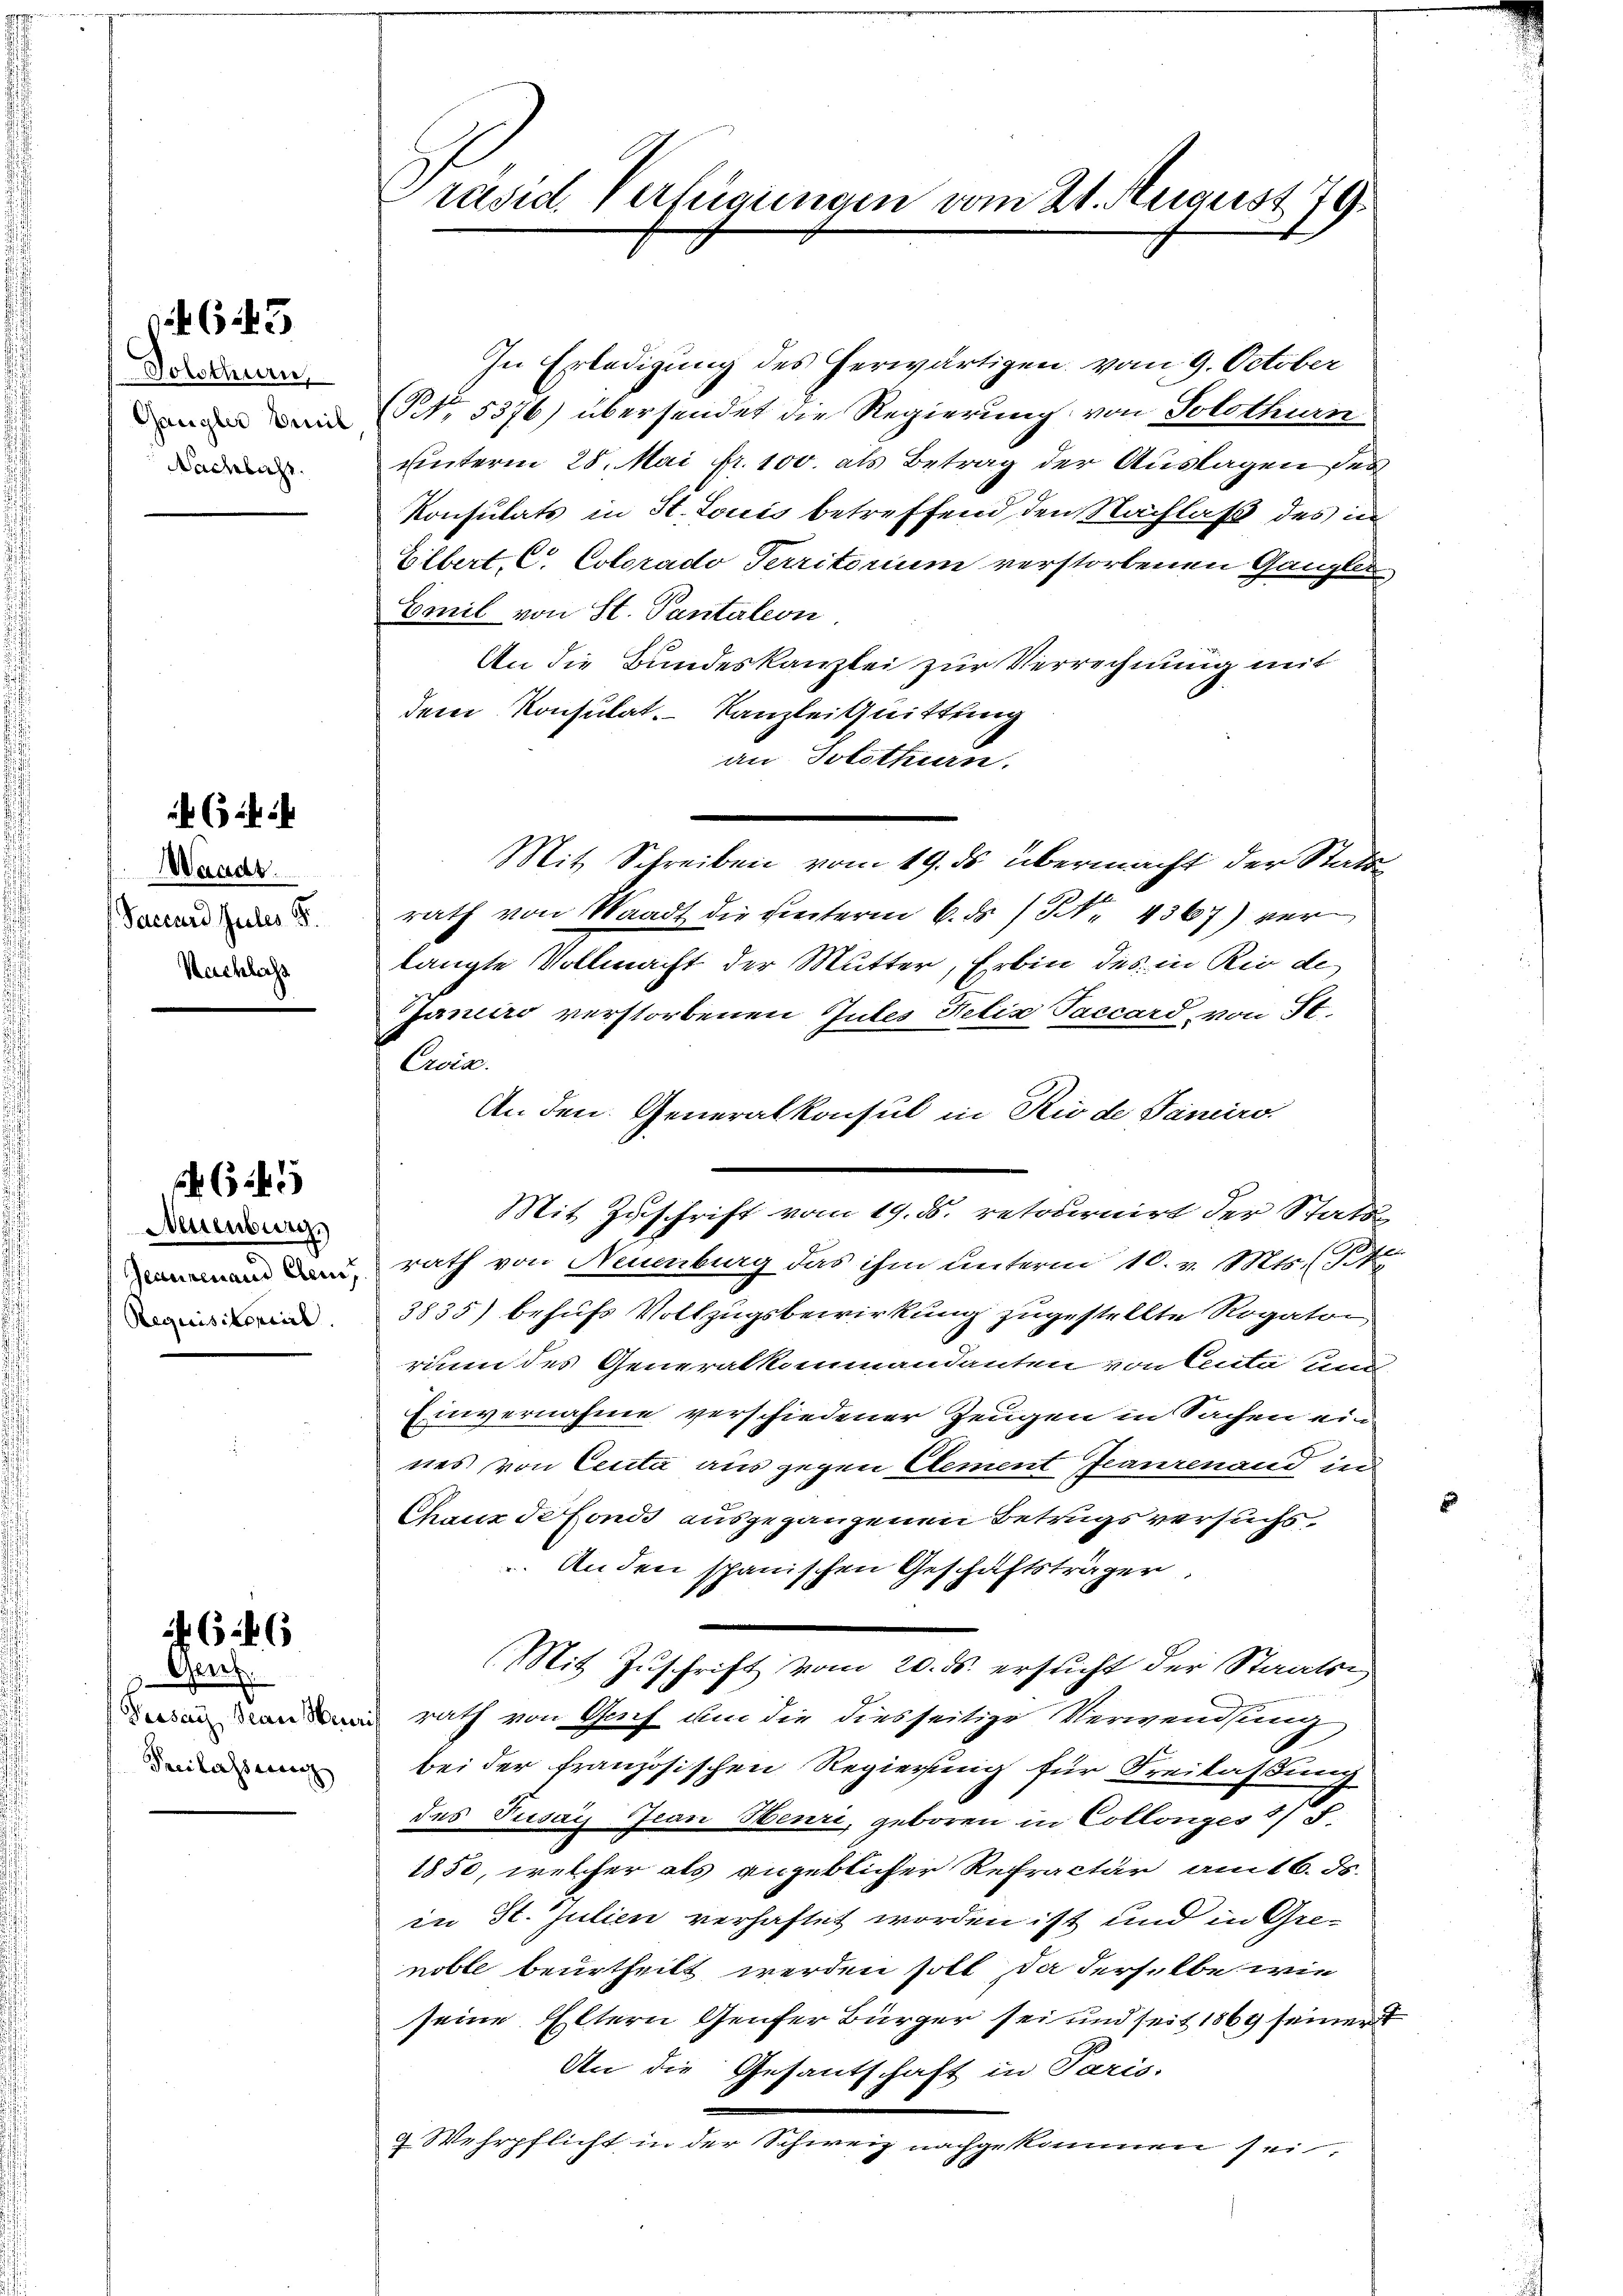
Solothurn,
Gangler Emil
Nachlacht.

643

Waadt.
Succurd Gutes S.
Nachlass

45

Neuenburgs
Geaunenaus Eleme,
Requisitoreil

6:46

Gen
Proser Beansten
Freilassung

Präsid. Verfügungen vom 21. August 79.

In Erledigung des herwärtigen vom 9. October
(Nr. 5376) übersendet die Regierung von Solothurn
unterm 28. Mai fr. 100. als Betrag der Auslagen des
Konsulats in St. Louis betreffend den Nachlaß des in
Elbert, C. Colorado Territorium verstorbenen Ganzle
Conil von St. Pantation
An die Bundeskanzlei zur Verrechnung mit
dem Konsulat. Kanzlei Quittung
an Solothurn.
Mit Schreiben vom 19. ds übermacht der Statte
rath von Waadt die hinterm 6. ds / 4367) ver
langte Vollmacht der Mutter, Erbin des in Rio de
Janeiro verstorbenen Gutes Felix Paccard von St.
Croix.
An den Generalkonsul in Rio de Janeiro
rath von Neuenburg das ihm unterm 10. v. Mts. (T.
3835) behufs Vollzugsbewirkung zugestellte Rogator
rium des Generalkommandanten von Centa und
Einvernahme verschiedener Zeugen in Sachen ein
nes von Ceuta aus gegen Atement Jeaurenaud un
Chaux defonds ausgegangenen Betrugs versuchs¬
An den spanischen Geschäftsträger
(Mit Zŭschrift vom 20. ds. ersŭcht der Staats-
rath von Greif um die diesseitige Verwendung
bei der französischen Regierung für Freilassung
des Pusay Jean Henri, geboren in Collonges 1/
1850, welcher als angeblicher Refractur am 16. ds.
in St. Julien verhaftet worden ist und in Grenoble beurtheilt werden soll, da derselbe wie
seine Eltern Genfer Bürger sei und seit 1864 seinen
An die Gesantschaft in Paris.
9. Wehrpflicht in der Schweiz nachgekommen sei,

Mit Zuschrift vom 19. ds. retournirt der Statt